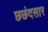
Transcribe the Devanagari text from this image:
छछंदसार